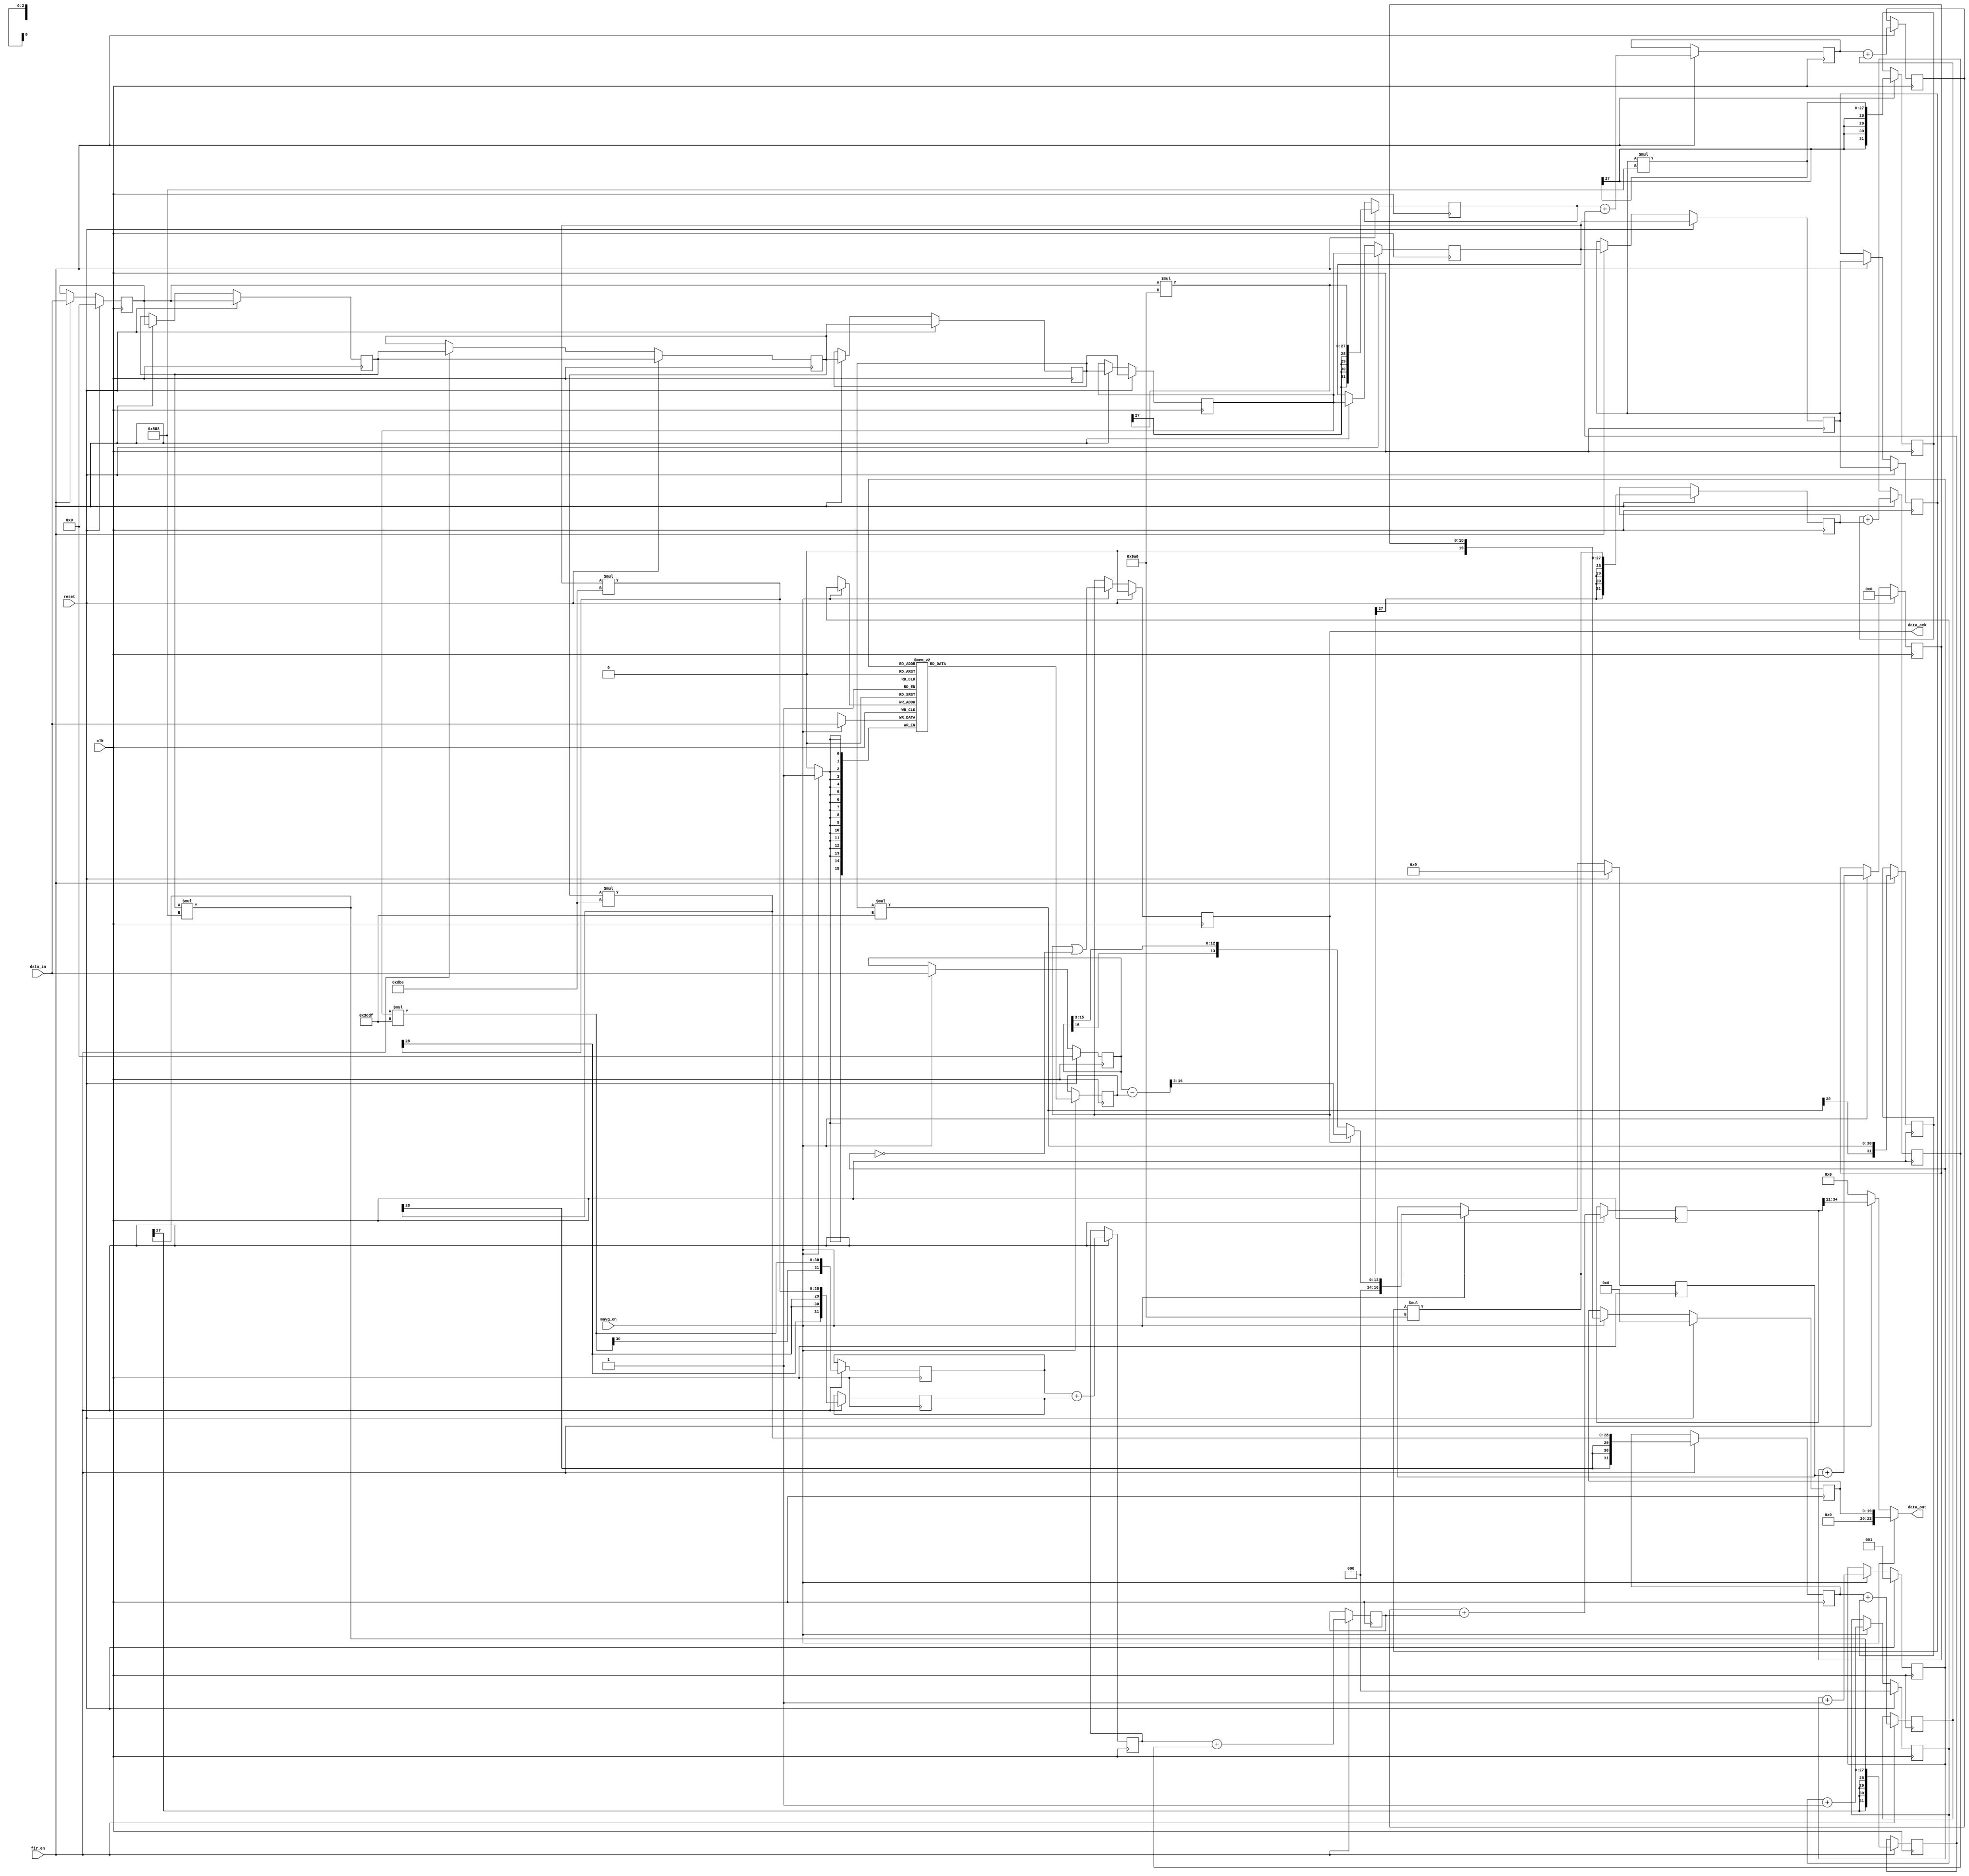
module top(data_in, clk, mavg_en, reset, data_out, data_ack, fir_en);

localparam DW = 16;
localparam MEM = 3;
localparam [MEM-1:0] INITIAL_NAVG = 7;

input signed [15:0] data_in;
input clk;
input mavg_en;
input reset;
input fir_en;

output signed [23:0] data_out;
output data_ack;

reg signed [DW+MEM:0] mavg_out;

assign data_out = (mavg_en == 1) ? mavg_out: (fir_en==1)? sum_2[34:11] : 24'b0;

reg [MEM-1:0] wraddr, rdaddr;
reg [DW-1:0] data_reg [0:((1<<MEM)-1)];

reg signed [DW-1:0] memval, preval;
reg signed [DW:0] sub;
reg [(DW+MEM)-1:0] acc;

wire [(MEM-1):0]	w_requested_navg;

assign w_requested_navg = INITIAL_NAVG;
reg full;

assign data_ack = full;

always @(posedge clk) begin
	if (reset)
		wraddr <= 0;
	else if (mavg_en)
		wraddr <= wraddr + 1'b1;
end

initial rdaddr = ~INITIAL_NAVG;
always @(posedge clk) begin
    if (reset)
        rdaddr <= -w_requested_navg;
    else if (mavg_en)
        rdaddr <= rdaddr + 1'b1;
end

initial preval = 0;
always @(posedge clk) begin
    if (reset)
        preval <= 0;
    else if (mavg_en)
        preval <= data_in;
end

always @(posedge clk) begin
    if (mavg_en)
        data_reg[wraddr] <= data_in;
end

initial memval = 0;
always @(posedge clk) begin
    if (mavg_en)
        memval <= data_reg[rdaddr];
end


always @(posedge clk) begin
    if (reset)
        full <= 0;
    else if (mavg_en)
        full <= (full) || (rdaddr == 0);
end

always @(posedge clk) begin
    if (reset)
        sub <= 0;
    else if (mavg_en) begin
        if (full)
            sub <= (preval - memval)>>3;
        else
            sub <= preval>>3;
    end
end

always @(posedge clk) begin
    if (reset)
        acc <= 0;
    else if (mavg_en) begin
        acc <= acc + sub;
    end
end

always @(posedge clk) begin
    if (reset)
        mavg_out <= 0;
    else if (mavg_en) begin
        mavg_out <= acc;
    end
end


integer i,j;

// Coefficients for 8-tap FIR. 1.1.14

// 1000 KHz sampling clock

// Noisy signal to be filtered, 1.1.14

// Filtered output signal. 1.1.14

//-16MHz cutoff frequency at 108MHz sampling rate 
wire signed [15:0] coeff [0:8];

assign coeff[0] = 16'hF9A0;
assign coeff[1] = 16'hF888; 
assign coeff[2] = 16'h0DBE;
assign coeff[3] = 16'h3DDF;
assign coeff[4] = 16'h3DDF;
assign coeff[5] = 16'h0DBE;
assign coeff[6] = 16'hF888;
assign coeff[7] = 16'hF9A0;

reg signed [15:0] delayed_signal [0:8];
reg signed [31:0] prod [0:8];
reg signed [32:0] sum_0 [0:4];
reg signed [33:0] sum_1 [0:2];
reg signed [34:0] sum_2 ;


// Feed the noisy signal input signal into a 8-tap delayed line to prep for convolution 
always @(posedge clk)   
if (reset) begin
    delayed_signal[0] <= 0;
     for (i=1; i<8; i=i+1) begin
        delayed_signal[i] <= delayed_signal[i-1];
    end
end
else if (fir_en) begin
    delayed_signal[0] <= data_in;
    for (i=1; i<8; i=i+1) begin
        delayed_signal[i] <= delayed_signal[i-1];
    end
end 

always @(posedge clk)
begin
if (fir_en) begin
    for (j=0; j<8; j=j+1) begin
        prod[j] <= delayed_signal[j]*coeff[j];
    end
end
end

always @(posedge clk)
begin
if (fir_en) begin
    sum_0[0] <= prod[0] + prod[1]; 
    sum_0[1] <= prod[2] + prod[3]; 
    sum_0[2] <= prod[4] + prod[5]; 
    sum_0[3] <= prod[6] + prod[7]; end
end

always @(posedge clk)
begin
if (fir_en) begin
    sum_1[0] <= sum_0[0] + sum_0[1]; 
    sum_1[1] <= sum_0[2] + sum_0[3]; end
end

always @(posedge clk)
begin
if (fir_en) begin
    sum_2 <= sum_1[0] + sum_1[1]; end
end
 
endmodule